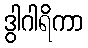
ဒွါဂါရိကာ